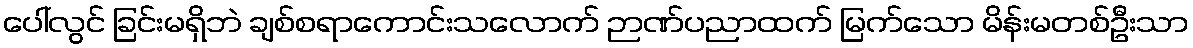
ပေါ်လွင် ခြင်းမရှိဘဲ ချစ်စရာကောင်းသလောက် ဉာဏ်ပညာထက် မြက်သော မိန်းမတစ်ဦးသာ